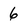
Character: 6